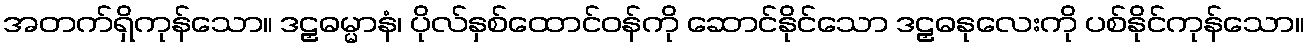
အတက်ရှိကုန်သော။ ဒဠှဓမ္မာနံ၊ ပိုလ်နှစ်ထောင်ဝန်ကို ဆောင်နိုင်သော ဒဠှဓနုလေးကို ပစ်နိုင်ကုန်သော။